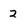
Character: z